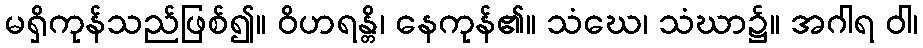
မရှိကုန်သည်ဖြစ်၍။ ဝိဟရန္တိ၊ နေကုန်၏။ သံဃေ၊ သံဃာ၌။ အဂါရ ဝါ၊